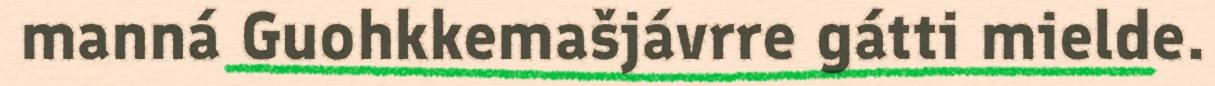
manná Guohkkemašjávrre gátti mielde.